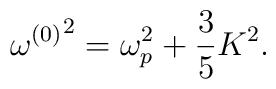
{\omega^{(0)}}^2=\omega_p^2+{3\over 5}K^2.